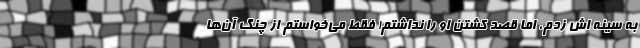
به سینه اش زدم، اما قصد کشتن او را نداشتم! فقط می‌خواستم از چنگ آن‌ها